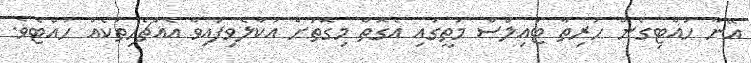
އޭނާ ހުއްޓިގެން ހުރިތާ ޓައިލްސް މަތީގައި އެގޮތް މިގޮތަށް އުކާލެވިފައިވާ އެއްޗެހިތަކެއް ހުއްޓެވެ.